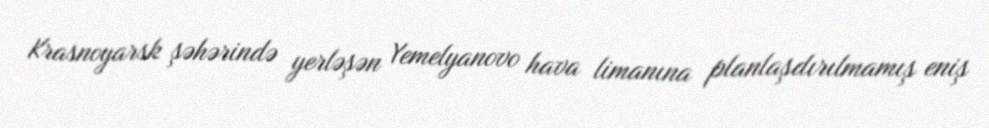
Krasnoyarsk şəhərində yerləşən Yemelyanovo hava limanına planlaşdırılmamış eniş